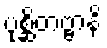
ပုစ္ဆိတဗ္ဗာနိ